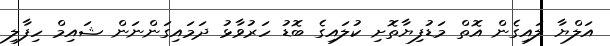
އަލްޔާ ލައިގެން އޮތް މަޑުފިޔާތޮށި ކުލައިގެ ބޮޑު ހަރުވާޅު ދަމައިގަންނަން ޝައިމް ހިފާލި